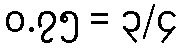
၀.၇၅ = ၃/၄